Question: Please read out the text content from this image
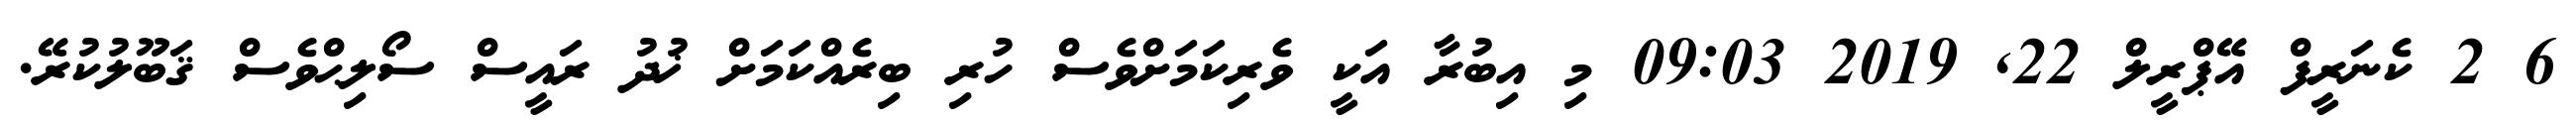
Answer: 6 2 ކެނަރީފް އޭޕްރީލް 22, 2019 09:03 މި އިބުރާ އަކީ ވެރިކަމަށްވެސް ހުރި ބިރެއްކަމަށް ޚުދު ރައީސް ސޯލިޙްވެސް ޤަބޫލުކުރޭ.